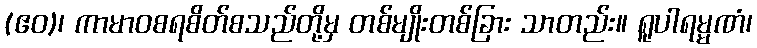
(ဧဝ)၊ ကာမာဝစရစိတ်စသည်တို့မှ တစ်မျိုးတစ်ခြား သာတည်း။ ရူပါရမ္မဏံ၊